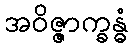
အဝိဇ္ဇာက္ခန္ဓံ